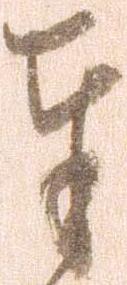
奉